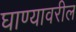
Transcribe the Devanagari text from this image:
घाण्यावरील